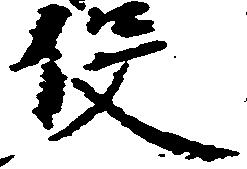
役